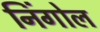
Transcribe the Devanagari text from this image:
निंगोल